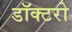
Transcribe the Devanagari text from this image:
डॉक्‍टरो